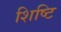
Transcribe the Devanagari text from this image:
शिष्टि